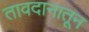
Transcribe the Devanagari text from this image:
तावदानातून